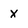
Character: X